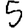
Digit: 5